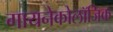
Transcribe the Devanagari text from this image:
गायनेकोलॉजिक